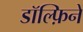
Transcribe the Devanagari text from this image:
डॉल्फ़िनें